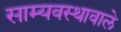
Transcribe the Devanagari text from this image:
साम्यवस्थावाले